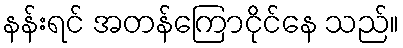
နန်းရင် အတန်ကြောငိုင်နေ သည်။